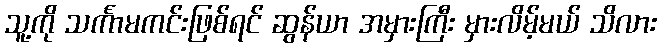
သူ့ကို သင်္ကာမကင်းဖြစ်ရင် ဆွန်ယာ အမှားကြီး မှားလိမ့်မယ် သိလား